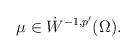
LaTeX: \begin{align*}\mu \in \dot{W}^{-1,p'}(\Omega).\end{align*}